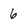
Character: 6